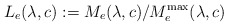
\begin{align*}L_e(\lambda,c):=M_e(\lambda,c)/M_e^{\rm max}(\lambda,c)\end{align*}